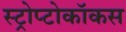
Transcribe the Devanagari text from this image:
स्ट्रोप्टोकॉकस